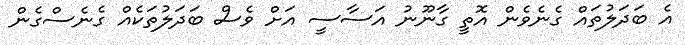
އެ ބަދަލުތައް ގެނެވެން އޮތީ ގާނޫނު އަސާސީ އަށް ވެސް ބަދަލުތަކެއް ގެނެސްގެން